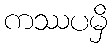
ကဿပမှိ